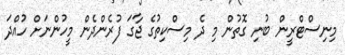
މިނިސްޓްރީން ބުނި ގޮތުން މި ދެ މިސްކިތުގެ ޖާގަަ ފުރެންދެން މީހުންނަށް ހުއްދަ